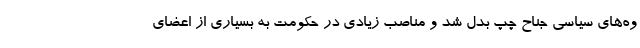
وه‌های سیاسی جناح چپ بدل شد و مناصب زیادی در حکومت به بسیاری از اعضای